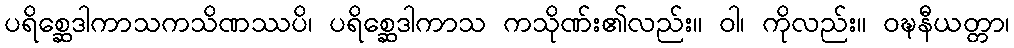
ပရိစ္ဆေဒါကာသကသိဏဿပိ၊ ပရိစ္ဆေဒါကာသ ကသိုဏ်း၏လည်း။ ဝါ၊ ကိုလည်း။ ဝဍ္ဎနီယတ္တာ၊